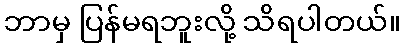
ဘာမှ ပြန်မရဘူးလို့ သိရပါတယ်။